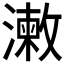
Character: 𣿊